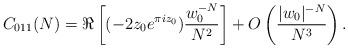
LaTeX: \begin{align*} C_{011}(N)=\Re\left[(-2 z_0 e^{\pi i z_0})\frac{w_0^{-N}}{N^2}\right] +O\left( \frac{|w_0|^{-N}}{N^3}\right).\end{align*}